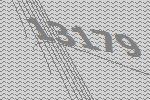
13179